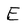
Character: E